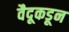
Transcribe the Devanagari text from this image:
वैदूकडून